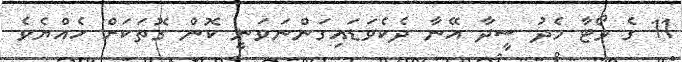
11 ގެ ވޯޓާ މެދު ސީދާ އޭނާ ދެކެވަޑައިގަންނަވަނީ ކޮން ގޮތަކަށް ހެއްޔެވެ